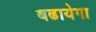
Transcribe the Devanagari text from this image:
बढायेगा